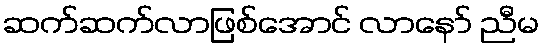
ဆက်ဆက်လာဖြစ်အောင် လာနော် ညီမ